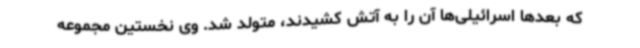
که بعدها اسرائیلی‌ها آن را به آتش کشیدند، متولد شد. وی نخستین مجموعه